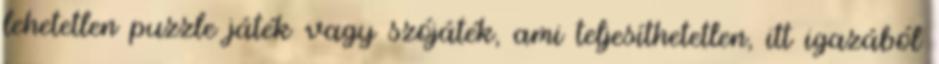
lehetetlen puzzle játék vagy szójáték, ami teljesíthetetlen, itt igazából